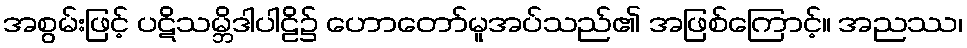
အစွမ်းဖြင့် ပဋိသမ္ဘိဒါပါဠိ၌ ဟောတော်မူအပ်သည်၏ အဖြစ်ကြောင့်။ အညဿ၊